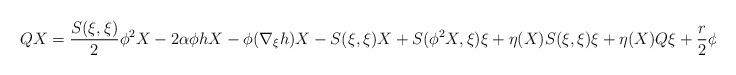
LaTeX: \begin{align*}QX=\frac{S(\xi ,\xi )}{2}\phi ^{2}X-2\alpha \phi hX-\phi (\nabla _{\xi}h)X-S(\xi ,\xi )X+S(\phi ^{2}X,\xi )\xi +\eta (X)S(\xi ,\xi )\xi +\eta(X)Q\xi +\frac{r}{2}\phi ^{2}X. \end{align*}